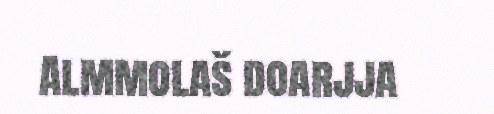
Almmolaš doarjja